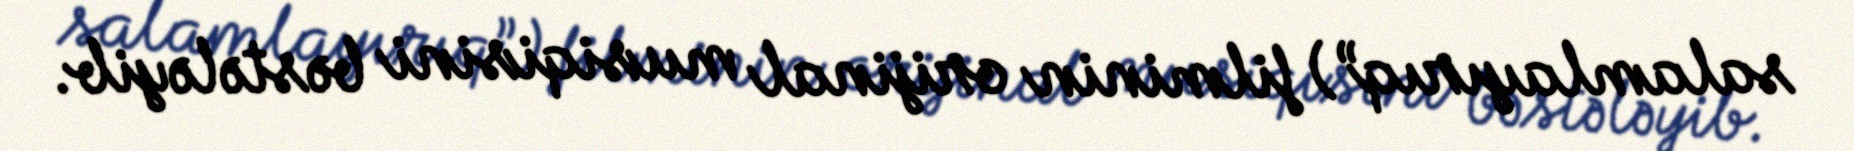
salamlayırıq”) filminin orijinal musiqisini bəstələyib.